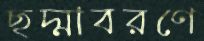
ছদ্মাবরণে